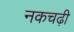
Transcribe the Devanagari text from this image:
नकचढ़ी